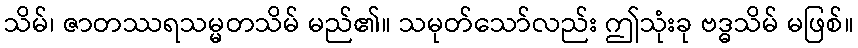
သိမ်၊ ဇာတဿရသမ္မတသိမ် မည်၏။ သမုတ်သော်လည်း ဤသုံးခု ဗဒ္ဓသိမ် မဖြစ်။